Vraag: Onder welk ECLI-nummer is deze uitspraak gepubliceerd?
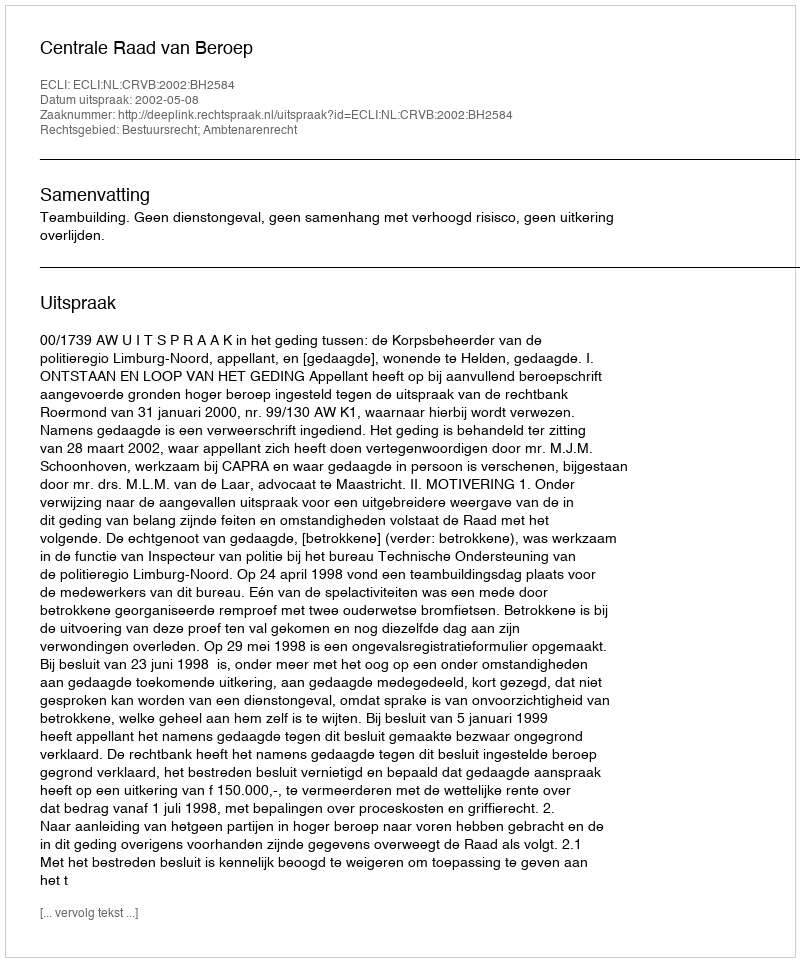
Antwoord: ECLI:NL:CRVB:2002:BH2584